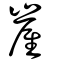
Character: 嵟